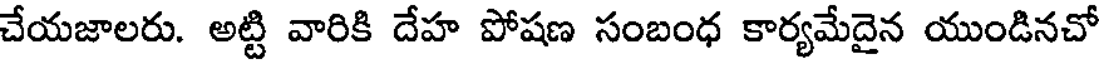
చేయజాలరు. అట్టి వారికి దేహ పోషణ సంబంధ కార్యమేదైన యుండినచో